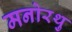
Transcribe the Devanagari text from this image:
मनोरथु